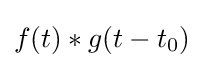
f(t)*g(t-t_{0})